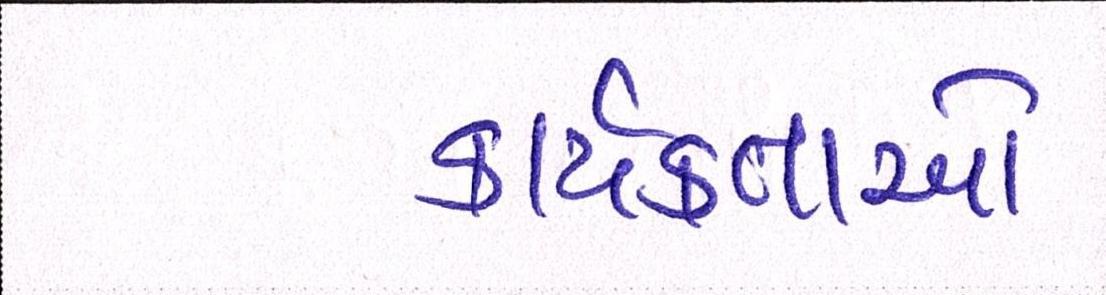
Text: કાર્યકતાર્આે